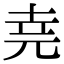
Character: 𫝔